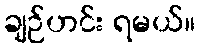
ချဉ်ဟင်း ရမယ်။